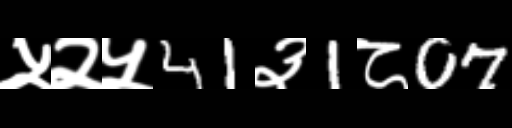
Text: ५२५41३1८07